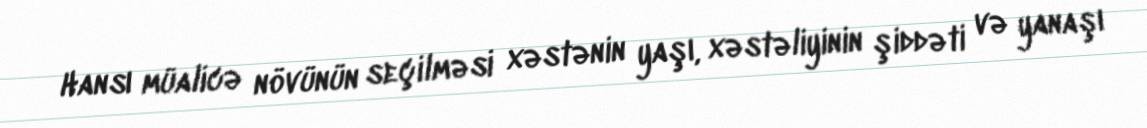
Hansı müalicə növünün seçilməsi xəstənin yaşı, xəstəliyinin şiddəti və yanaşı